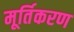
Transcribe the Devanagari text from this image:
मूर्तिकरण